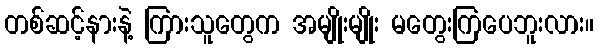
တစ်ဆင့်နားနဲ့ ကြားသူတွေက အမျိုးမျိုး မတွေးကြပေဘူးလား။